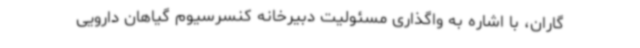
گاران، با اشاره به واگذاری مسئولیت دبیرخانه کنسرسیوم گیاهان دارویی